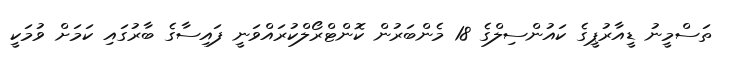
ތަސްމީނު ޑީއާރުޕީގެ ކައުންސިލްގެ 18 މެންބަރުން ކޮންޓްރޯލްކުރައްވަނީ ފައިސާގެ ބާރުގައި ކަމަށް ވުމަކީ